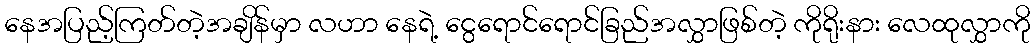
နေအပြည့်ကြတ်တဲ့အချိန်မှာ လဟာ နေရဲ့ ငွေရောင်ရောင်ခြည်အလွှာဖြစ်တဲ့ ကိုရိုးနား လေထုလွှာကို